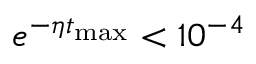
e ^ { - \eta t _ { \mathrm { m a x } } } < 1 0 ^ { - 4 }